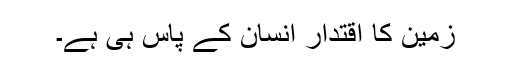
زمین کا اقتدار انسان کے پاس ہی ہے۔